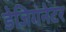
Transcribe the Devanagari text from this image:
डेजिगनेटर